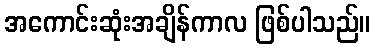
အကောင်းဆုံးအချိန်ကာလ ဖြစ်ပါသည်။